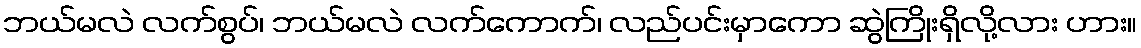
ဘယ်မလဲ လက်စွပ်၊ ဘယ်မလဲ လက်ကောက်၊ လည်ပင်းမှာကော ဆွဲကြိုးရှိလို့လား ဟား။